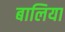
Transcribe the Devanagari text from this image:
बालिया